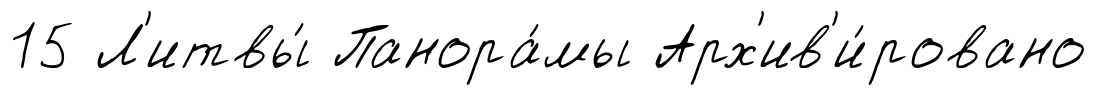
15 Л'итвы́ Панора́мы Арх'ив'и́ровано